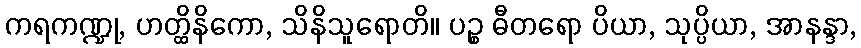
ကရကဏ္ဍု, ဟတ္ထိနိကော, သိနိသူရောတိ။ ပဉ္စ ဓီတရော ပိယာ, သုပ္ပိယာ, အာနန္ဒာ,